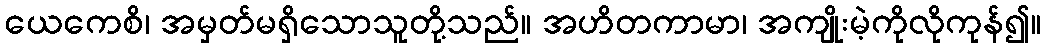
ယေကေစိ၊ အမှတ်မရှိသောသူတို့သည်။ အဟိတကာမာ၊ အကျိုးမဲ့ကိုလိုကုန်၍။